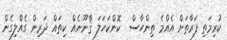
ކުރިމަތި ފަރާތަށް އެއްމެ ތިންހާސް  ކޮންކަހަލަ ޤާނޫނެއް ކިތައް ދަރިން ގެއްލިގެން